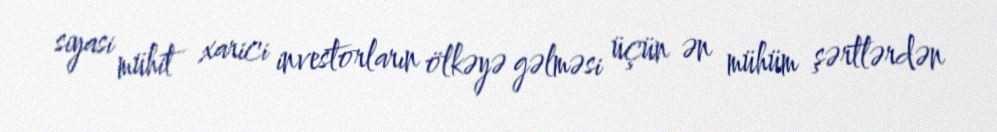
siyasi mühit xarici investorların ölkəyə gəlməsi üçün ən mühüm şərtlərdən